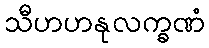
သီဟဟနုလက္ခဏံ